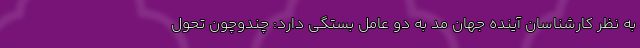
به نظر کارشناسان آینده جهان مد به دو عامل بستگی دارد: چندوچون تحول